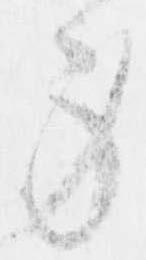
身